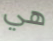
هي